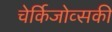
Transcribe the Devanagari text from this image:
चेर्किजोव्सकी